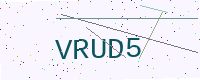
Text: VRUD5